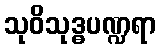
သုဝိသုဒ္ဓပဏ္ဍရာ